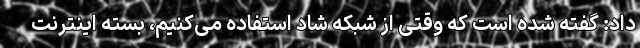
داد: گفته شده است که وقتی از شبکه شاد استفاده می‌کنیم، بسته اینترنت